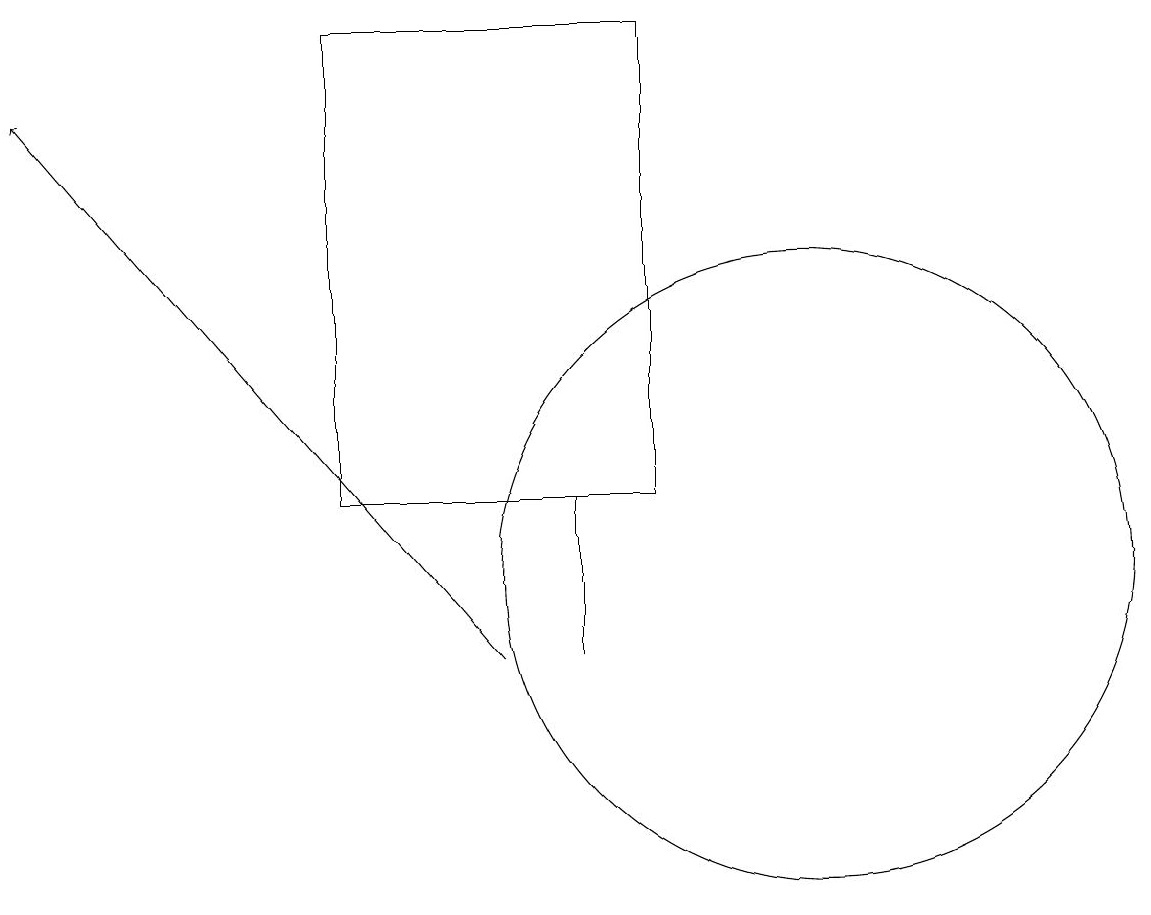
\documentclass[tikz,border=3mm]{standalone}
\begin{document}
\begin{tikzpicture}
\draw (9,12) rectangle (5,18);
\draw (8,12) rectangle (8,10);
\draw[->] (7,10) -- (1,17);
\draw (11,11) circle (4);
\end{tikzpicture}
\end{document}